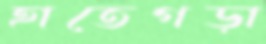
হাতেগড়া